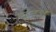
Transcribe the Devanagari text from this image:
दिडशे